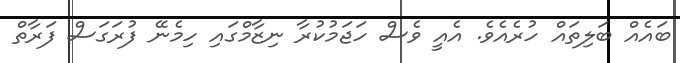
ބައެއް ބަލިތައް ހުރެއެވެ. އެއީ ވެސް ހަޖަމުކުރާ ނިޒާމްގައި ހިމެނޭ ފުރަގަސް ފަރާތް